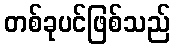
တစ်ခုပင်ဖြစ်သည်